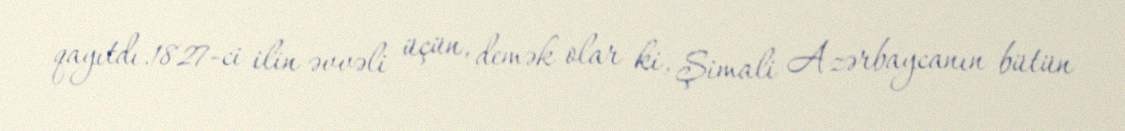
qayıtdı.1827-ci ilin əvvəli üçün, demək olar ki, Şimali Azərbaycanın bütün